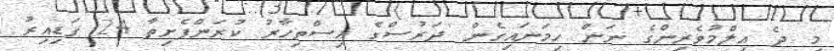
މި ދެ އިލްމުވެރިންގެ ނަން ހިމަނައިގެން 'ދަރުސްގެ އިސްތިހާރު ކުރަންފެށިތާ 24 ގަޑިއިރު